Mental hospitals Bombay report 1921-28 - 1921-1928
Year: 1921
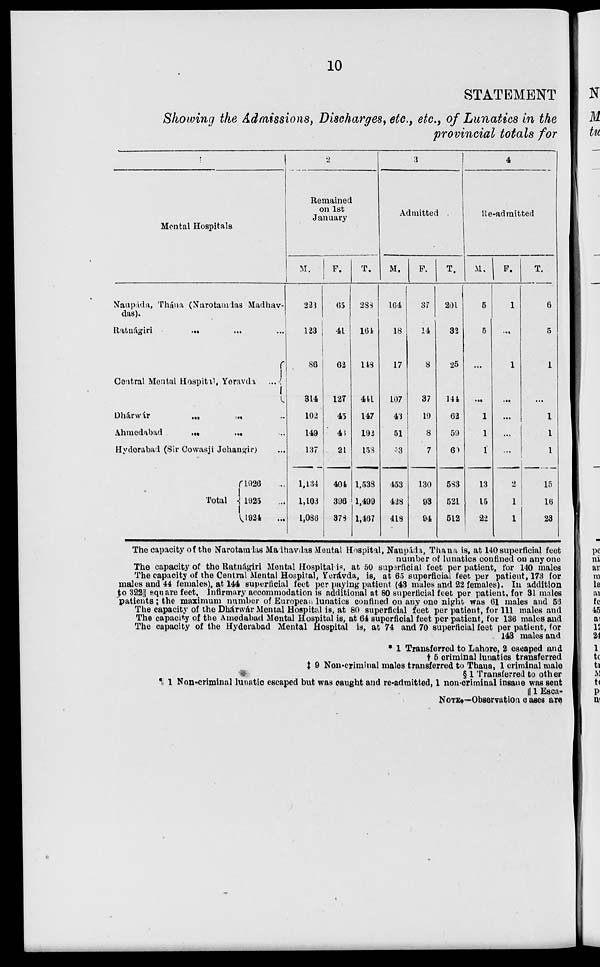
10
STATEMENT
Showing the Admissions, Discharges, etc., etc., of Lunatics in the
provincial totals for
Mental Hospitals
Naupáda, Thána (Narotamdas Madhav-
das).
Ratnágiri
...
...
...
Central Mental Hospital, Yeravda ...
Dhárwár ... ... ...
Ahmedabad ... ... ...
Hyderabad (Sir Cowasji Jehangir) ...
Total
1926 ...
1925 ...
1924
...
2
Remained
on 1st
January
M.
223
123
86
314
102
149
137
1,134
1,103
1,086
F.
65
41
62
127
45
43
21
404
396
378
T.
288
164
148
441
147
192
158
1,538
1,499
1,467
3
Admitted
M.
164
18
17
107
43
51
53
453
428
418
F.
37
14
8
37
19
8
7
130
93
94
T.
201
32
25
144
62
59
60
583
521
512
4
Re-admitted
M.
5
5
...
...
1
1
1
13
15
22
F.
1
...
1
...
...
...
...
2
1
1
T.
6
5
1
...
1
1
1
15
16
23
The capacity of the Narotamdas Madhavdas Mental Hospital, Naupáda, Thana is, at 140 superficial feet
number of lunatics confined on any one
The capacity of the Ratnágiri Mental Hospital is, at 50 superficial feet per patient, for 140 males
The capacity of the Central Mental Hospital, Yerávda, is, at 65 superficial feet per patient, 173 for
males and 44 females), at 144 superficial feet per paying patient (43 males and 22 females). In addition
to 322⅔ square feet. Infirmary accommodation is additional at 80 superficial feet per patient, for 31 males
patients ; the maximum number of European lunatics confined on any one night was 61 males and 56
The capacity of the Dhárwár Mental Hospital is, at 80 superficial feet per patient, for 111 males and
The capacity of the Amedabad Mental Hospital is, at 64 superficial feet per patient, for 136 males and
The capacity of the Hyderabad Mental Hospital is, at 74 and 70 superficial feet per patient, for
143 males and
* 1 Transferred to Lahore, 2 escaped and
† 5 criminal lunatics transferred
‡ 9 Non-criminal males transferred to Thana, 1 criminal male
§ 1 Transferred to other
¶ 1 Non-criminal lunatic escaped but was caught and re-admitted, 1 non-criminal insane was sent
|| 1 Esca-
NOTE.—Observation cases are